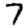
Digit: 7